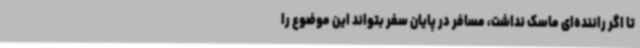
تا اگر راننده‌ای ماسک نداشت، مسافر در پایان سفر بتواند این موضوع را